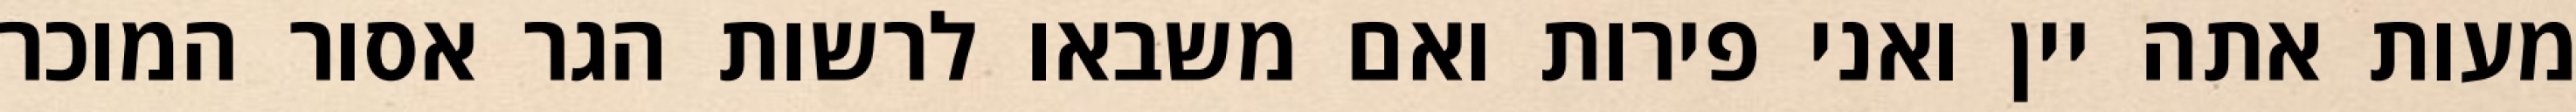
מעות אתה יין ואני פירות ואם משבאו לרשות הגר אסור המוכר